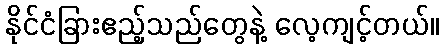
နိုင်ငံခြားဧည့်သည်တွေနဲ့ လေ့ကျင့်တယ်။